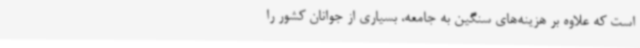
است که علاوه بر هزینه‌های سنگین به جامعه، بسیاری از جوانان کشور را